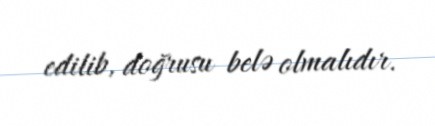
edilib, doğrusu belə olmalıdır.